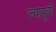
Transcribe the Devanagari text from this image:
ज्यापूर्वी